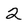
Character: 2